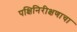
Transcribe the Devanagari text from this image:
पक्षिनिरीक्षणाचा